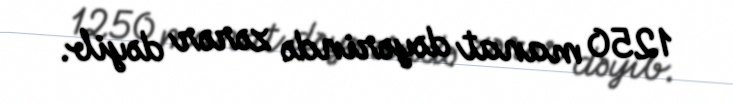
1250 manat dəyərində zərər dəyib.